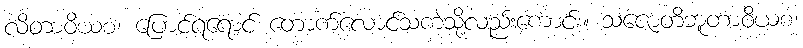
လိတာဝိယစ၊ ပြောင်ရရောင် တောက်လောင်သကဲ့သို့လည်းကောင်း။ သဇောတိဘူတာဝိယစ၊